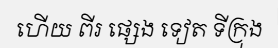
ហើយ ពីរ ផ្សេង ទៀត ទីក្រុង